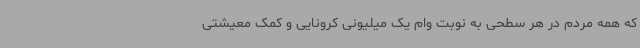
که همه مردم در هر سطحی به نوبت وام یک میلیونی کرونایی و کمک معیشتی